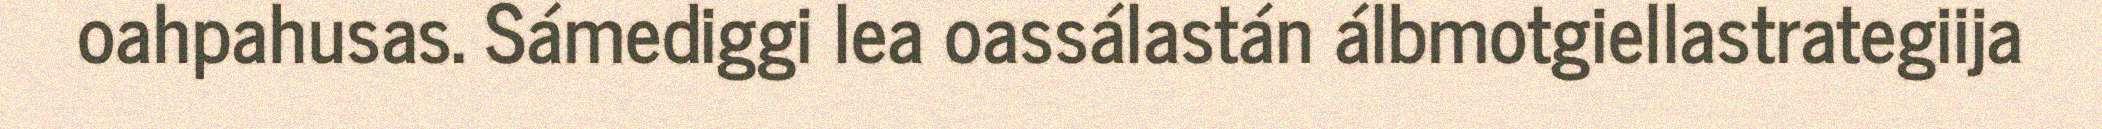
oahpahusas. Sámediggi lea oassálastán álbmotgiellastrategiija